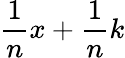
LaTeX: {\frac{1}{n}}x+{\frac{1}{n}}k